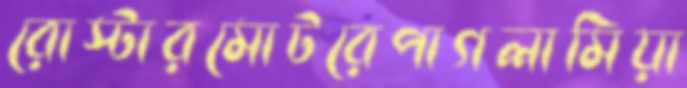
রোস্টারমোটরেপাগলামিয়া